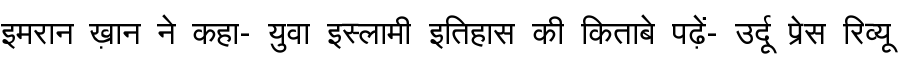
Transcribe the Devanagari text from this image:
इमरान ख़ान ने कहा- युवा इस्लामी इतिहास की किताबे पढ़ें- उर्दू प्रेस रिव्यू